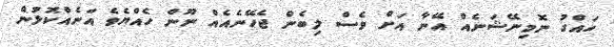
ހައްގު ނޮމިނޭޝަނެއް އޭނާ އަށް ވެސް ލިބެން ޖެހޭނެއެއް ނޫން ހެއްޔެވެ އަނެއްކޮޅުން